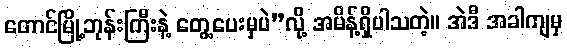
တောင်မြို့ဘုန်းကြီးနဲ့ တွေ့ပေးမှပဲ”လို့ အမိန့်ရှိပါသတဲ့။ အဲဒီ အခါကျမှ